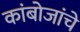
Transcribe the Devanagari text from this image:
कांबोजांचे